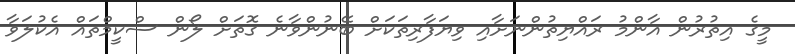
މީގެ އިތުރުން އާންމު ރައްޔިތުންނަށާއި ވިޔަފާރިތަކަށް ބޭނުންވާނެ ގޮތަށް ލޯން ސްކީމްތައް އެކުލަވާ